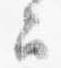
云